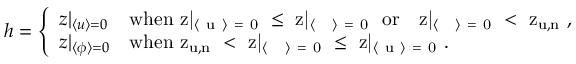
\begin{array} { r } { h = \left\{ \begin{array} { l l } { z | _ { \langle u \rangle = 0 } } & { \mathrm { w h e n ~ z | _ { \langle ~ u ~ \rangle ~ = ~ 0 } ~ \leq ~ z | _ { \langle ~ \phi ~ \rangle ~ = ~ 0 } ~ \ o r \ \ ~ z | _ { \langle ~ \phi ~ \rangle ~ = ~ 0 } ~ < ~ z _ { u , n } ~ } , } \\ { z | _ { \langle \phi \rangle = 0 } } & { \mathrm { w h e n ~ z _ { u , n } ~ < ~ z | _ { \langle ~ \phi ~ \rangle ~ = ~ 0 } ~ \leq ~ z | _ { \langle ~ u ~ \rangle ~ = ~ 0 } ~ } . } \end{array} \right. } \end{array}